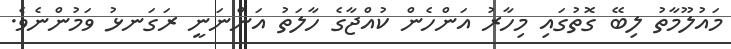
މައުލޫމާތު ލިބޭ ގޮތުގައި މިހާރު އަންހެން ކުއްޖާގެ ހާލަތު އަންނަނީ ރަގަނޅު ވަމުންނެވެ.